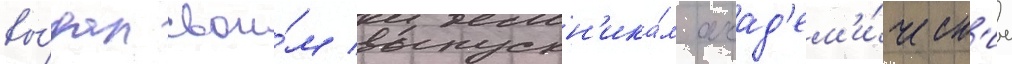
вы́дал свои́м выпускн'ика́м акад'ем'и́ческ'ие